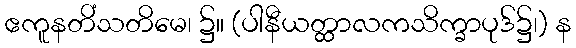
ဧကူနတိံသတိမေ၊ ၌။ (ပါနီယတ္ထာလကသိက္ခာပုဒ်၌၊) န